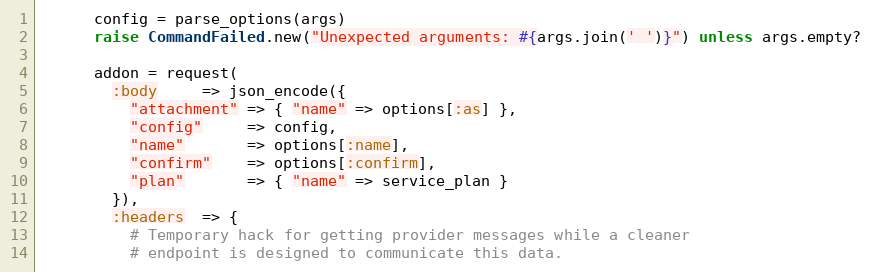
Language: Ruby
      config = parse_options(args)
      raise CommandFailed.new("Unexpected arguments: #{args.join(' ')}") unless args.empty?

      addon = request(
        :body     => json_encode({
          "attachment" => { "name" => options[:as] },
          "config"     => config,
          "name"       => options[:name],
          "confirm"    => options[:confirm],
          "plan"       => { "name" => service_plan }
        }),
        :headers  => {
          # Temporary hack for getting provider messages while a cleaner
          # endpoint is designed to communicate this data.